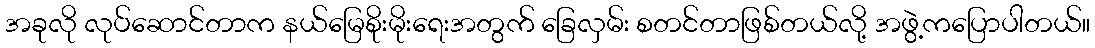
အခုလို လုပ်ဆောင်တာက နယ်မြေစိုးမိုးရေးအတွက် ခြေလှမ်း စတင်တာဖြစ်တယ်လို့ အဖွဲ့ကပြောပါတယ်။